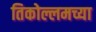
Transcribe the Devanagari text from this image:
तिकोल्लमच्या